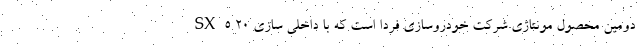
SX5 دومین محصول مونتاژی شرکت خودروسازی فردا است که با داخلی سازی ۲۰